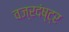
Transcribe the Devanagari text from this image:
वज्रदंष्ट्र